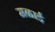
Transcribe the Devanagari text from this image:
मळाई